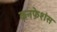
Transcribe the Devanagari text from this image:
कनफ़ेशंस